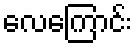
လေကြောင်း